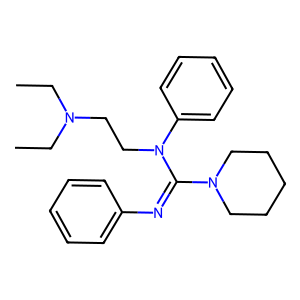
SMILES: CCN(CC)CCN(C(=Nc1ccccc1)N1CCCCC1)c1ccccc1
Inhibits HIV replication: No